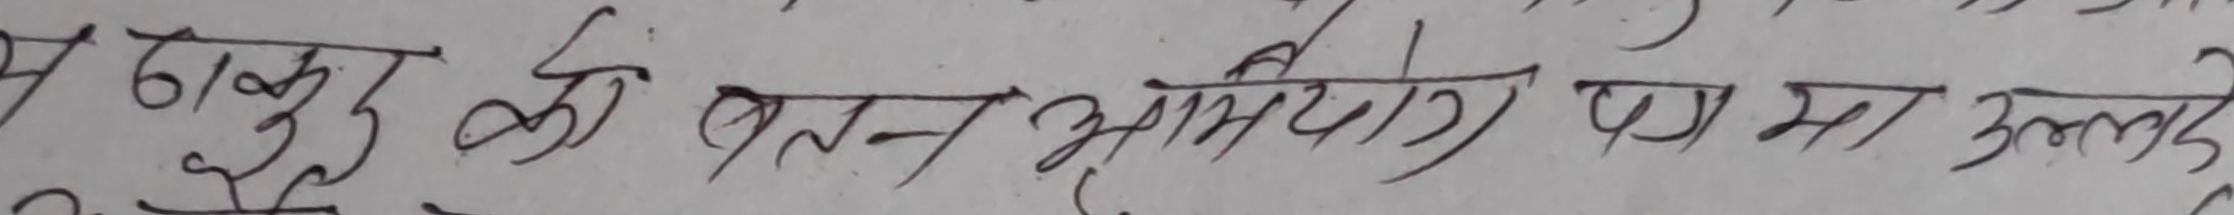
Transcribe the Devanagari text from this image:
स ठाकु को बतन झंप्योरी पेमा उल्टे